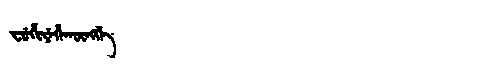
Manchu: ᠸᡠᡥᡳᠶᡝᡥᠠᡴᡡᠩᡤᡝ
Romanization: FUHIYEHAKŪNGGE